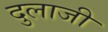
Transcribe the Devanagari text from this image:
दुलाजी